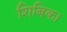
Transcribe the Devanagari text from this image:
शिबिका